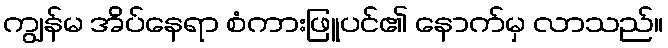
ကျွန်မ အိပ်နေရာ စံကားဖြူပင်၏ နောက်မှ လာသည်။